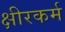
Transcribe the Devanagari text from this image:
क्षीरकर्म